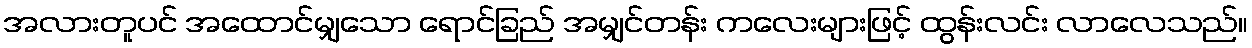
အလားတူပင် အထောင်မျှသော ရောင်ခြည် အမျှင်တန်း ကလေးများဖြင့် ထွန်းလင်း လာလေသည်။